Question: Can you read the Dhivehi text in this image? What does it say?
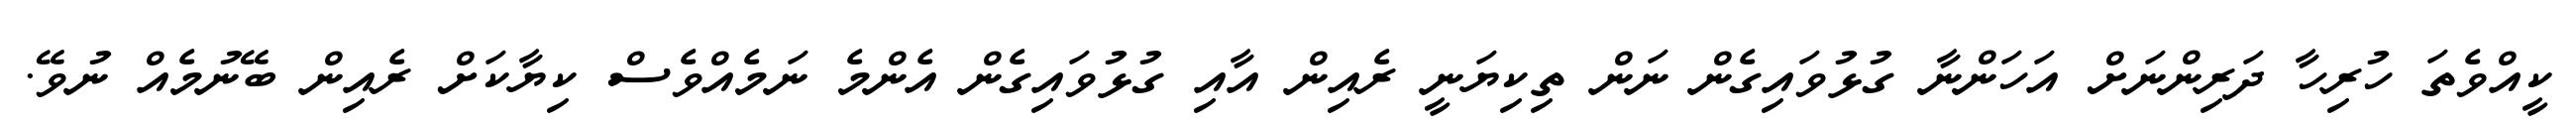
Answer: ކީއްވެތަ ހުރިހާ ދަރިންނަށް އަހަންނާ ގުޅުވައިގެން ނަން ތިކިޔަނީ ރެއިން އާއި ގުޅުވައިގެން އެންމެ ނަމެއްވެސް ކިޔާކަށް ރެއިން ބޭނުމެއް ނުވޭ.